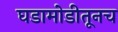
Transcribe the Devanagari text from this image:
घडामोडीतूनच